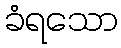
ခံရသော